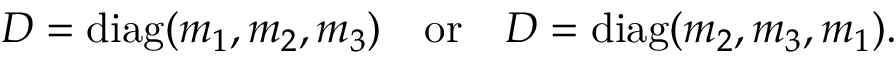
D = \mathrm { d i a g } ( m _ { 1 } , m _ { 2 } , m _ { 3 } ) \quad \mathrm { o r } \quad D = \mathrm { d i a g } ( m _ { 2 } , m _ { 3 } , m _ { 1 } ) .